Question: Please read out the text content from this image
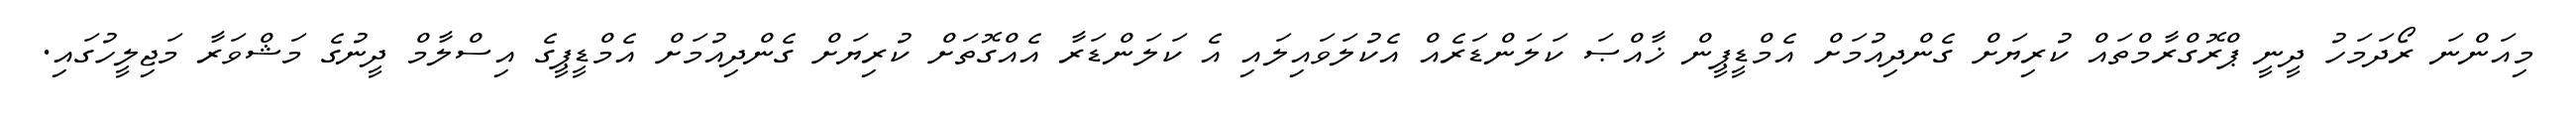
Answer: މިއަންނަ ރޯދަމަހު ދީނީ ޕްރޮގްރާމްތައް ކުރިޔަށް ގެންދިއުމަށް އެމްޑީޕީން ޚާއްޞަ ކަލަންޑަރެއް އެކުލަވައިލައި އެ ކަލަންޑަރާ އެއްގޮތަށް ކުރިޔަށް ގެންދިއުމަށް އެމްޑީޕީގެ އިސްލާމް ދީނުގެ މަޝްވަރާ މަޖިލީހުގައި.